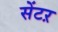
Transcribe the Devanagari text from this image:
सेंटऱ